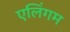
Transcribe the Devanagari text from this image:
एलिंगम